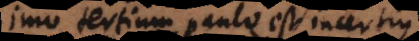
Imo tertium paulo est incertius